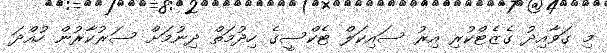
މި ގަވާއިދު ގެޒެޓްކުރި އިރު ސައިކަލް ޓެކްސީގެ ހިދުމަތް ދިނުމަށް ސަރުކާރުން ހުއްދަ